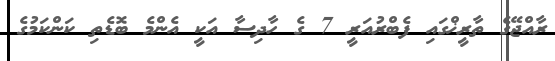
ރާއްޖޭގެ ތާރީޚްގައި ފެބްރުއަރީ 7 ގެ ހާދިސާ އަކީ އެންމެ ބޮޑެތި ކަންކަމުގެ